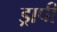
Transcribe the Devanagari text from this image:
ड्रापी